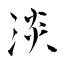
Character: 淡